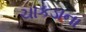
ચાકડાના